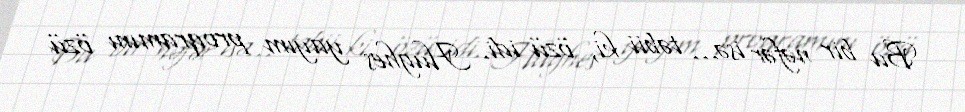
Bu bir nəfər isə… təbii ki, özü idi. Hughes yayım proqramını özü